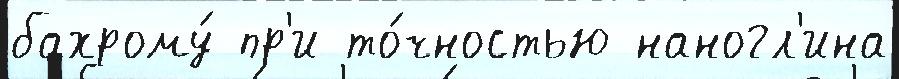
бахрому́ пр'и то́чностью наногл'ина